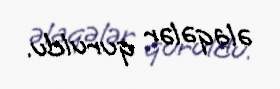
əlaqələr quruldu.